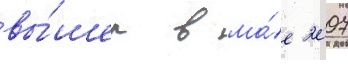
вы́шел в ма́е 2007